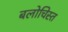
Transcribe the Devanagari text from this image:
बलोचिस्त